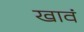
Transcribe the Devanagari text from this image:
खावं